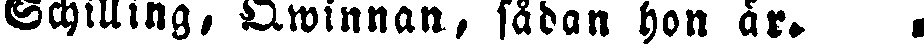
Schilling, Qwinnan, sådan hon är.